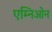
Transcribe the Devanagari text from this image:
एम्निओन